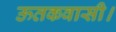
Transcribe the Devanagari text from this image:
ऊतकवासी।